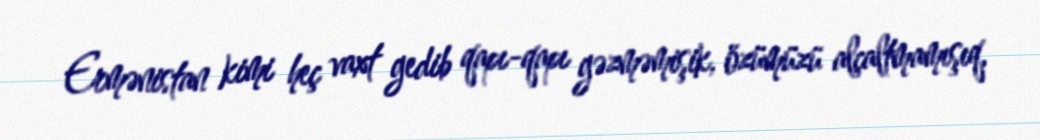
Ermənistan kimi heç vaxt gedib qapı-qapı gəzməmişik, özümüzü alçaltmamışıq,